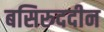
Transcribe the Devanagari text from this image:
बसिरुददीन